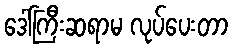
ဒေါ်ကြီးဆရာမ လုပ်ပေးတာ